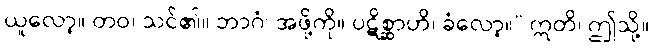
ယူလော့။ တဝ၊ သင်၏။ ဘာဂံ၊ အဖို့ကို။ ပဋိစ္ဆာဟိ၊ ခံလော့။” ဣတိ၊ ဤသို့။